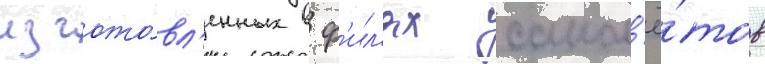
изгото́вл'енных в ф'ил'ях самол'ё́тов